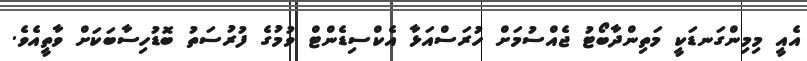
އެއީ މިމިންގަނޑަކީ މަތިންދާބޯޓު ޖެއްސުމަށް ހުރަސްއަޅާ އެކްސިޑެންޓް ވުމުގެ ފުރުސަތު ބޮޑުހިސާބަކަށް ވާތީއެވެ.